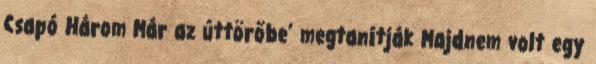
Csapó Három Már az úttörőbe’ megtanítják Majdnem volt egy